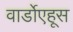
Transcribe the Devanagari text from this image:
वार्डोएहूस